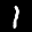
Label: 1